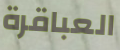
العباقرة